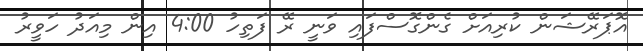
އޮޕަރޭޝަން ކުރިއަށް ގެންގޮސްފައި ވަނީ ރޭ ފަތިހު 4:00 އިން މިއަދު ހަވީރު